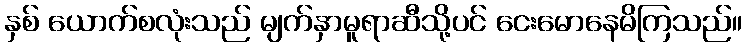
နှစ် ယောက်စလုံးသည် မျက်နှာမူရာဆီသို့ပင် ငေးမောနေမိကြသည်။